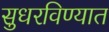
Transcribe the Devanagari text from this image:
सुधरविण्यात